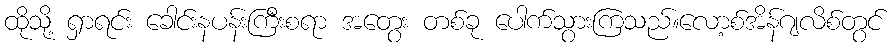
ထိုသို့ ရှာရင်း ခေါင်းနပန်းကြီးစရာ အတွေး တစ်ခု ပေါက်သွားကြသည်။လော့စ်အိန်ဂျလိစ်တွင်